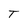
Character: T